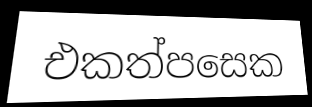
එකත්පසෙක